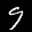
Label: 9